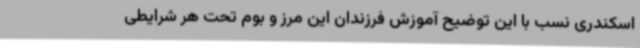
اسکندری نسب با این توضیح آموزش فرزندان این مرز و بوم تحت هر شرایطی